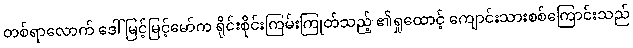
တစ်ရာလောက် ဒေါ်မြင့်မြင့်မော်က ရိုင်းစိုင်းကြမ်းကြုတ်သည့် ၏ရှုထောင့် ကျောင်းသားစစ်ကြောင်းသည်